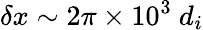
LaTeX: \delta x\sim 2\pi\times 10^{3}~d_{i}